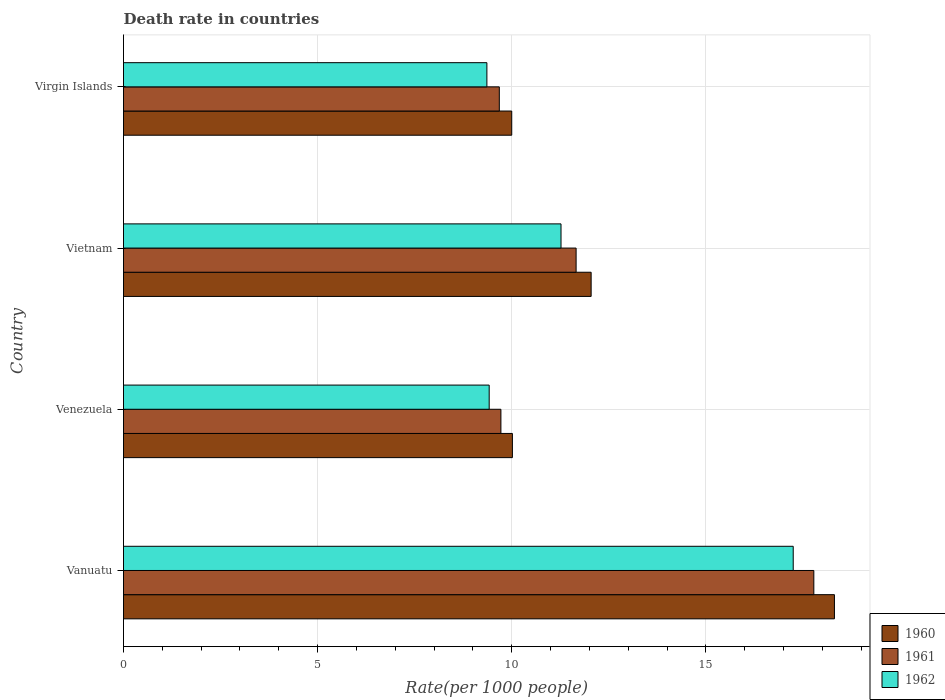
| Country | 1960 | 1961 | 1962 |
 | --- | --- | --- | --- |
 | Vanuatu | 18.3 | 17.8 | 17.2 |
 | Venezuela | 10 | 9.72 | 9.42 |
 | Vietnam | 12 | 11.7 | 11.3 |
 | Virgin Islands | 10 | 9.68 | 9.36 |